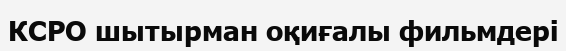
КСРО шытырман оқиғалы фильмдері